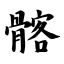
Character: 髂